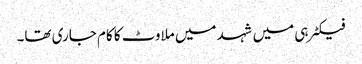
فیکٹرہی میں شہد میں ملاوٹ کا کام جاری تھا۔